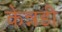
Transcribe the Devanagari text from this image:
केन्नडी